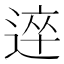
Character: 𨔊